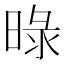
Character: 㫽